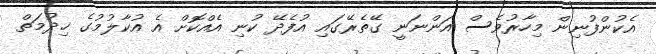
އެކުންފުނިން މިހާރުވެސް އަންނަނީ ގޭތެރޭގައި އުފެދޭ ކުނި އެއްކޮށް އެ އުކާލުމުގެ ޚިދުމަތް